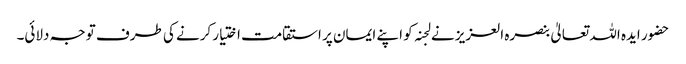
حضور ایدہ اللہ تعالیٰ بنصرہ العزیز نے لجنہ کو اپنے ایمان پر استقامت اختیار کرنے کی طرف توجہ دلائی۔